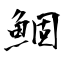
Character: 鯝